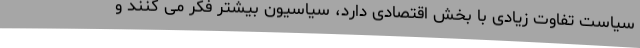
سیاست تفاوت زیادی با بخش اقتصادی دارد، سیاسیون بیشتر فکر می کنند و